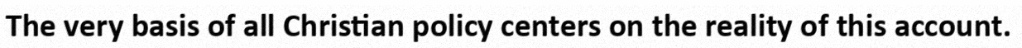
The very basis of all Christian policy centers on the reality of this account.